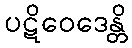
ပဋိဝေဒေန္တိ